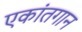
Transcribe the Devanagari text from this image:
एकांतगान